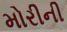
મોરીની